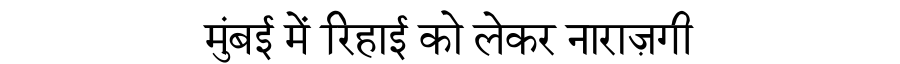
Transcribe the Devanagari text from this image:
मुंबई में रिहाई को लेकर नाराज़गी